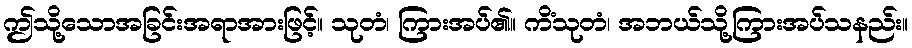
ဤသို့သောအခြင်းအရာအားဖြင့်။ သုတံ၊ ကြားအပ်၏။ ကိံသုတံ၊ အဘယ်သို့ကြားအပ်သနည်း။